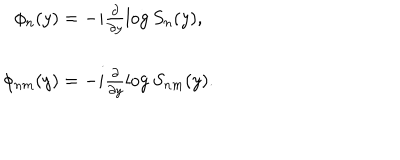
LaTeX: \begin{array} { c } { { \phi _ { n } ( y ) = - i \frac { \partial } { \partial y } \log S _ { n } ( y ) , } } \\ { { \phi _ { n m } ( y ) = - i \frac { \partial } { \partial y } \log S _ { n m } ( y ) . } } \\ \end{array}